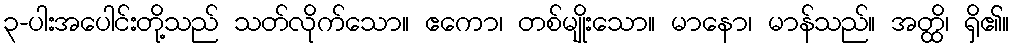
၃-ပါးအပေါင်းတို့သည် သတ်လိုက်သော။ ဧကော၊ တစ်မျိုးသော။ မာနော၊ မာန်သည်။ အတ္ထိ၊ ရှိ၏။